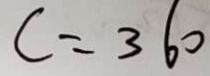
C = 3 6 0